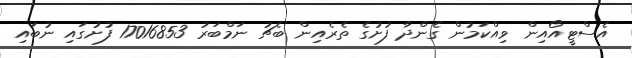
އެސްޓީއޯއިން ވިއްކަމުން ގެންދާ ފުށުގެ ތެރެއިން ބެޗު ނަމްބަރު 17016853 ފުށުގައި ނުބައި